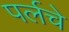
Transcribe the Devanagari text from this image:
पर्लचे